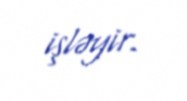
işləyir.